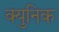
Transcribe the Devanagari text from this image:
क्युनिक